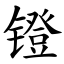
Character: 镫